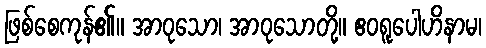
ဖြစ်စေကုန်၏။ အာဝုသော၊ အာဝုသောတို့။ ဧဝရူပေါဟိနာမ၊